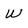
Character: w